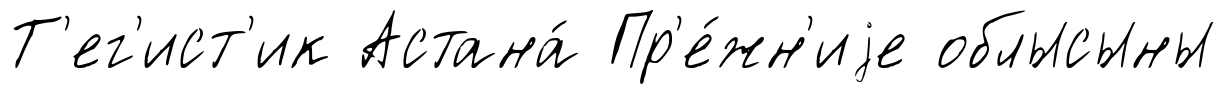
Т'ег'ист'ик Астана́ Пр'е́жн'иjе облысыны